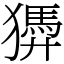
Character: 㺛